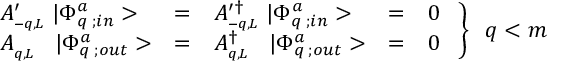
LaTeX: \left. { \begin{array} { l c l c l } { { A _ { _ { - q , L } } ^ { \prime } \; | \Phi _ { q \; ; i n } ^ { a } > } } & { { = } } & { { A _ { _ { - q , L } } ^ { \prime \dagger } \; | \Phi _ { q \; ; i n } ^ { a } > } } & { { = } } & { { 0 } } \\ { { A _ { _ { q , L } } \; \; \; | \Phi _ { q \; ; o u t } ^ { a } > } } & { { = } } & { { A _ { _ { q , L } } ^ { \dagger } \; \; \; | \Phi _ { q \; ; o u t } ^ { a } > } } & { { = } } & { { 0 } } \end{array} } \; \right\} \; \; q < m